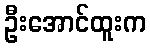
ဦးအောင်ထူးက